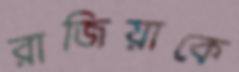
রাজিয়াকে